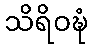
သိရိဝဍ္ဎံ